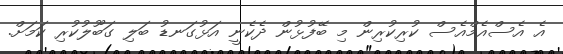
އެ އެސްއެމްއެސް ކުރިކުރިން މި ބޭފުޅުން ދެކެނީ އަޅުގަނޑު ބަލި ގަބޫލުކުރި ކަމަށް.